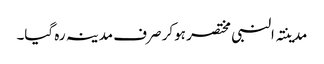
مدینتہ النبی مختصر ہوکر صرف مدینہ رہ گیا۔